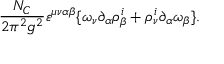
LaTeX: \frac { N _ { C } } { 2 \pi ^ { 2 } g ^ { 2 } } \varepsilon ^ { \mu \nu \alpha \beta } \{ \omega _ { \nu } \partial _ { \alpha } \rho _ { \beta } ^ { i } + \rho _ { \nu } ^ { i } \partial _ { \alpha } \omega _ { \beta } \} .